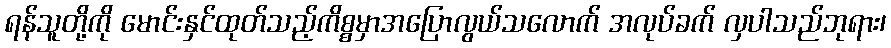
ရန်သူတို့ကို မောင်းနှင်ထုတ်သည့်ကိစ္စမှာအပြောလွယ်သလောက် အလုပ်ခက် လှပါသည်ဘုရား၊